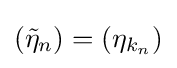
({\tilde {\eta }}_{n})=(\eta _{k_{n}})